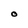
Character: O